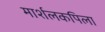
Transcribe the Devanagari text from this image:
मार्शलकपिला